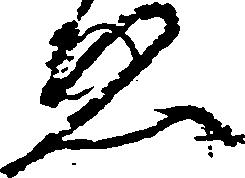
ゑ